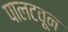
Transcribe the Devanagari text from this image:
पालटवून